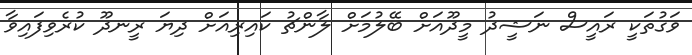
ވަގުތަކީ ރައީސް ނަޝީދު މީދޫއަށް ބޭލުމަށް ލާންޗު ކައިރިއަށް ދިޔަ ރީނދޫ ކުރެވިފައިވާ